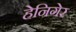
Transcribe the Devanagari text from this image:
हेनिगेर